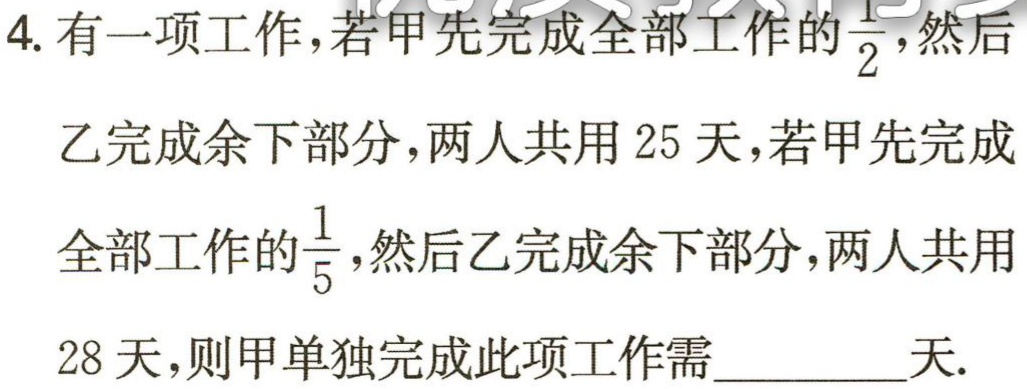
4. 有一项工作，若甲先完成全部工作的$\frac{1}{2}$，然后

乙完成余下部分，两人共用 25 天，若甲先完成

全部工作的$\frac{1}{5}$，然后乙完成余下部分，两人共用

28 天，则甲单独完成此项工作需________天.